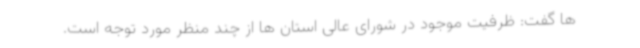
ها گفت: ظرفیت موجود در شورای عالی استان ها از چند منظر مورد توجه است.